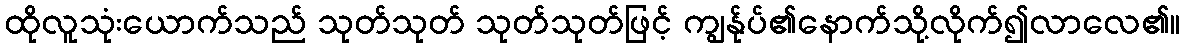
ထိုလူသုံးယောက်သည် သုတ်သုတ် သုတ်သုတ်ဖြင့် ကျွန်ုပ်၏နောက်သို့လိုက်၍လာလေ၏။